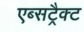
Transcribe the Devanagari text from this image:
एब्सट्रैक्ट